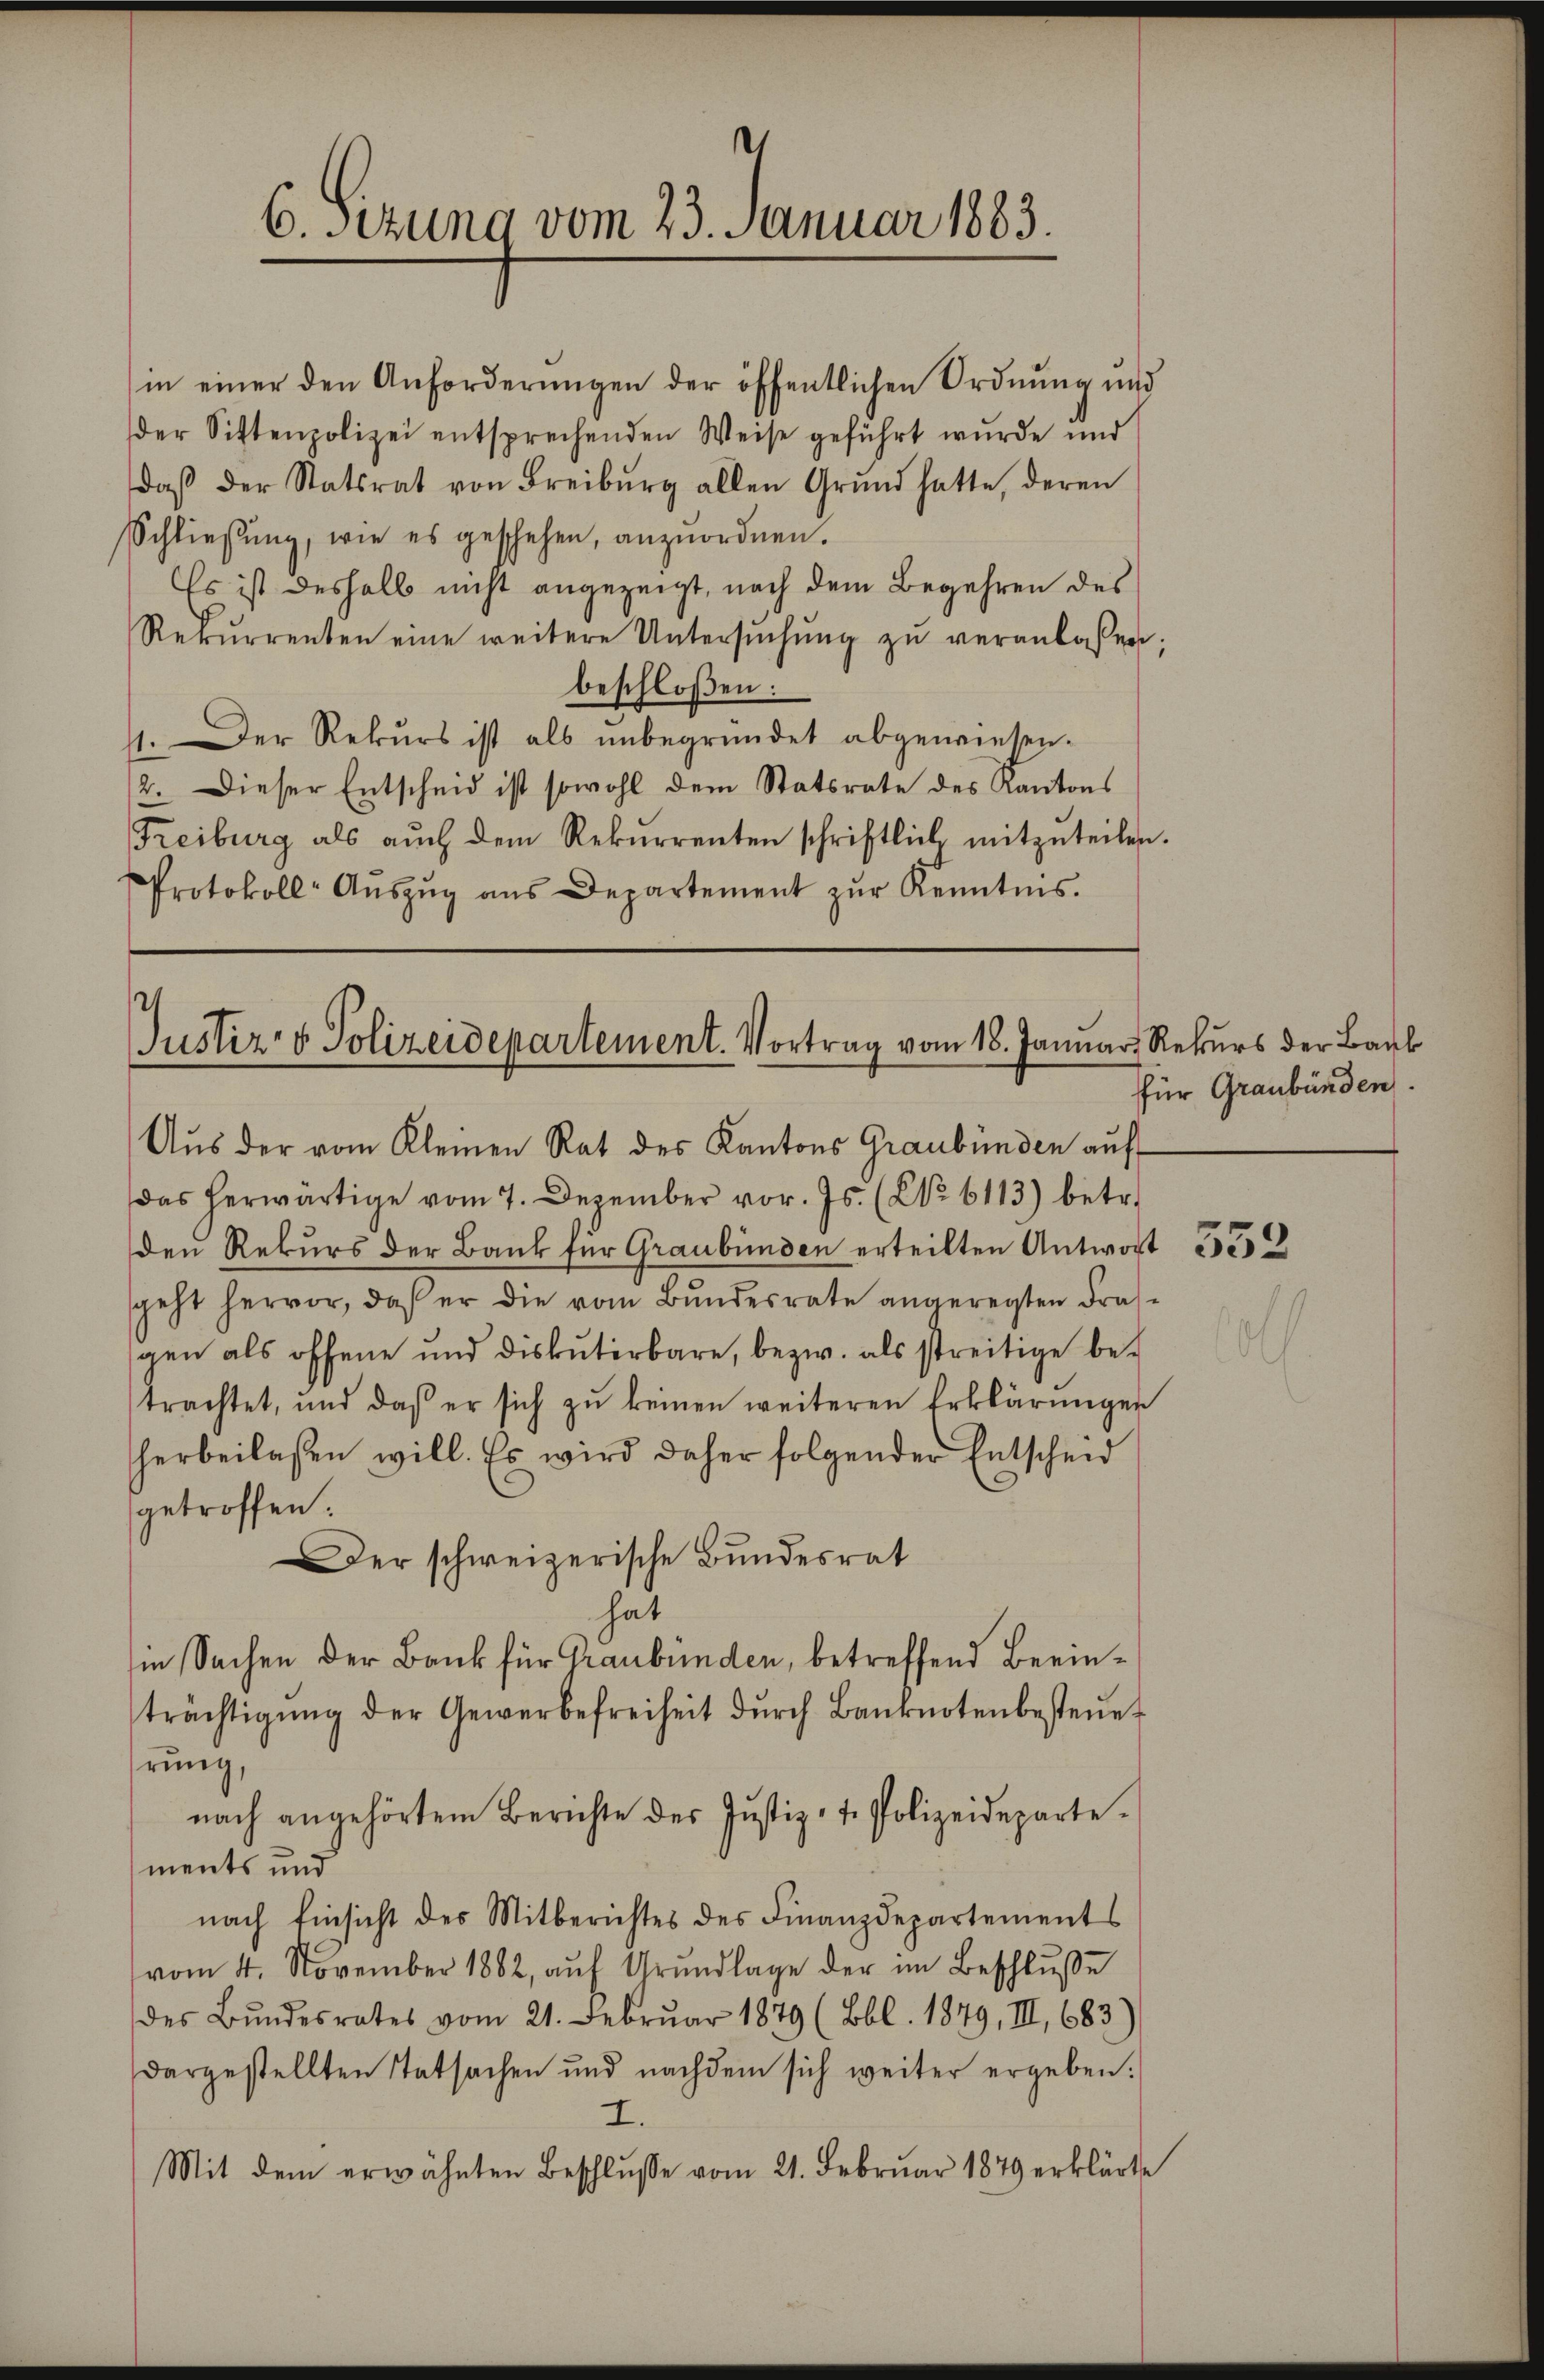
6. sezung vom 23. Januar 1883.

in einer den Anforderungen der öffentlichen Ordnung und
der Sittenpolizei entsprechenden Weise geführt wurde und
daβ der Statsrat von Freiburg allen Grund hatte, deren
Schließung, wie es geschehen, anzuordnen.
Es ist deshalb nicht angezeigt, nach dem Begehren des
Rekŭrrenten eine weitere Untersŭchŭng zŭ veranlassen;
beschloßen:
11. Der Rekurs ist als unbegründet abgewiesen.
2. Dieser Entscheid ist sowohl dem Statsrate des Kantons
Freiburg als aŭch dem Rekurrenten schriftlich mitzŭteilen.
Protokoll-Aŭszŭg aŭs Departement zŭr Kenntnis.

Justiz- & Polizeidepartement. Vortrag vom 18. Januar, Rekurs der Bauk

Aŭs der vom Kleinen Rat des Kantons Graubünden aŭf
das herwärtige vom 7. Dezember vor. Js. (No 6113) betr.
den Rekurs der Bank für Graubünden erteilten Antwort
speht hervor, daß er die vom Bundesrate angeregten Drasgen als offene und diskŭterbare, bezw. als streitige betrachtet, und daβ er sich zŭ keinen weiteren Erklärŭngen
herbeilassen will. Es wird daher folgender Entscheid
getroffen:
Der schweizerische Bundesrat
hat
in Sachen der Bank für Graubünden, betreffend Beeinträchtigŭng der Gewerbefreiheit dŭrch Banknotenbesteŭe
hrung
nach angehörtem Berichte des Jŭstiz- u. Polizeideparte.
ments und
nach Einsicht des Mitberichtes des Finanzdepartements
vom 4. November 1882, aŭf Grundlage der im Beschluße
des Bŭndesrates vom 21. Februar 1879 (Bbl. 1849, III 683)
dargestellten Tatsachen und nachdem sich weiter ergeben:
I.
Mit dem erwähnten Beschlŭsse vom 21. Febrŭar 1879 erklärte

für Graubünden.

352